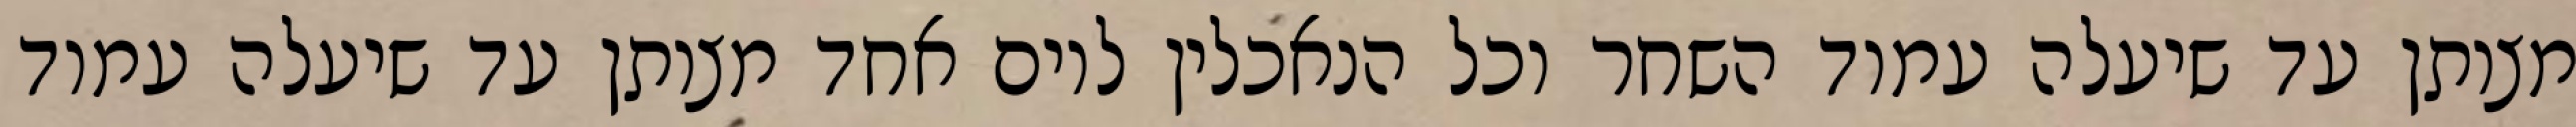
מצותן עד שיעלה עמוד השחר וכל הנאכלין ליום אחד מצותן עד שיעלה עמוד